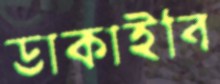
ডাকাইবি